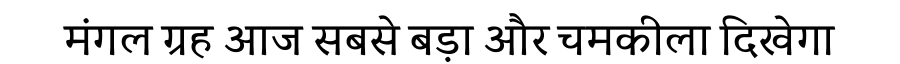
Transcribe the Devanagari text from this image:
मंगल ग्रह आज सबसे बड़ा और चमकीला दिखेगा